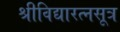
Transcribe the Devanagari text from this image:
श्रीविद्यारत्नसूत्र